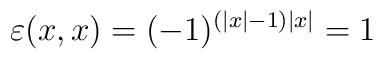
\varepsilon (x,x)=(-1)^{(\left| x\right| -1)\left| x\right| }=1